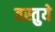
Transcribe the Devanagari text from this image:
वस्तुये